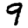
Digit: 9